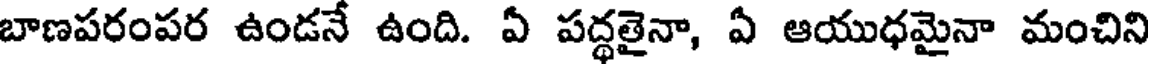
బాణపరంపర ఉండనే ఉంది. ఏ పద్ధతైనా, ఏ ఆయుధమైనా మంచిని